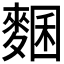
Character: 𪍁